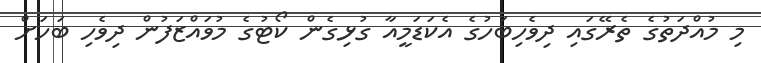
މި މުއްދަތުގެ ތެރޭގައި ދިވެހިބަހުގެ އެކަޑަމީއާ ގުޅިގެން ކޯޓުގެ މުވައްޒަފުން ދިވެހި ބަަހަށް